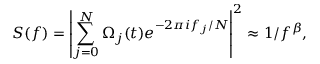
S ( f ) = \left| \sum _ { j = 0 } ^ { N } \Omega _ { j } ( t ) e ^ { - 2 \pi i f _ { j } / N } \right| ^ { 2 } \approx 1 / f ^ { \beta } ,